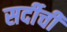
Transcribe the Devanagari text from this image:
सर्दीची